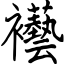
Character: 襼